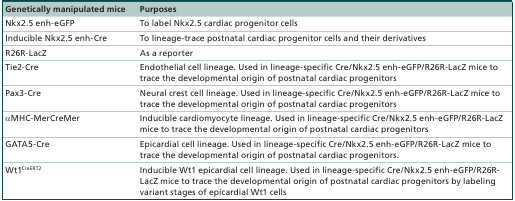
<table><thead><tr><td><b>Genetically manipulated mice</b></td><td><b>Purposes</b></td></tr></thead><tbody><tr><td>Nkx2.5 enh-eGFP</td><td>To label Nkx2.5 cardiac progenitor cells</td></tr><tr><td>Inducible Nkx2.5 enh-Cre</td><td>To lineage-trace postnatal cardiac progenitor cells and their derivatives</td></tr><tr><td>R26R-LacZ</td><td>As a reporter</td></tr><tr><td>Tie2-Cre</td><td>Endothelial cell lineage. Used in lineage-specific Cre/Nkx2.5 enh-eGFP/R26R-LacZ mice to trace the developmental origin of postnatal cardiac progenitors</td></tr><tr><td>Pax3-Cre</td><td>Neural crest cell lineage. Used in lineage-specific Cre/Nkx2.5 enh-eGFP/R26R-LacZ mice to trace the developmental origin of postnatal cardiac progenitors</td></tr><tr><td>αMHC-MerCreMer</td><td>Inducible cardiomyocyte lineage. Used in lineage-specific Cre/Nkx2.5 enh-eGFP/R26R-LacZ mice to trace the developmental origin of postnatal cardiac progenitors</td></tr><tr><td>GATA5-Cre</td><td>Epicardial cell lineage. Used in lineage-specific Cre/Nkx2.5 enh-eGFP/R26R-LacZ mice to trace the developmental origin of postnatal cardiac progenitors.</td></tr><tr><td>Wt1<sup>CreERT2</sup></td><td>Inducible Wt1 epicardial cell lineage. Used in lineage-specific Cre/Nkx2.5 enh-eGFP/R26R-LacZ mice to trace the developmental origin of postnatal cardiac progenitors by labeling variant stages of epicardial Wt1 cells</td></tr></tbody></table>